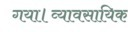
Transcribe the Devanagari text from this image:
गया।व्यावसायिक